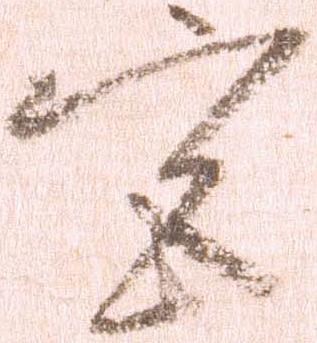
宮